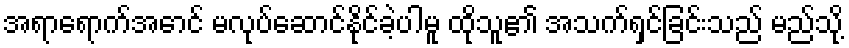
အရာရောက်အောင် မလုပ်ဆောင်နိုင်ခဲ့ပါမူ ထိုသူ၏ အသက်ရှင်ခြင်းသည် မည်သို့